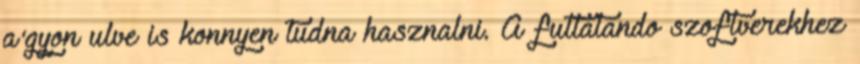
a'gyon ulve is konnyen tudna hasznalni. A futtatando szoftverekhez